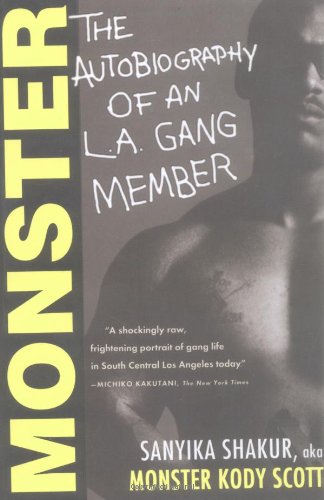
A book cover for Monster: The Autobiography of an L.A. Gang Member; Sanyika Shakur; Politics & Social Sciences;